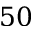
5 0